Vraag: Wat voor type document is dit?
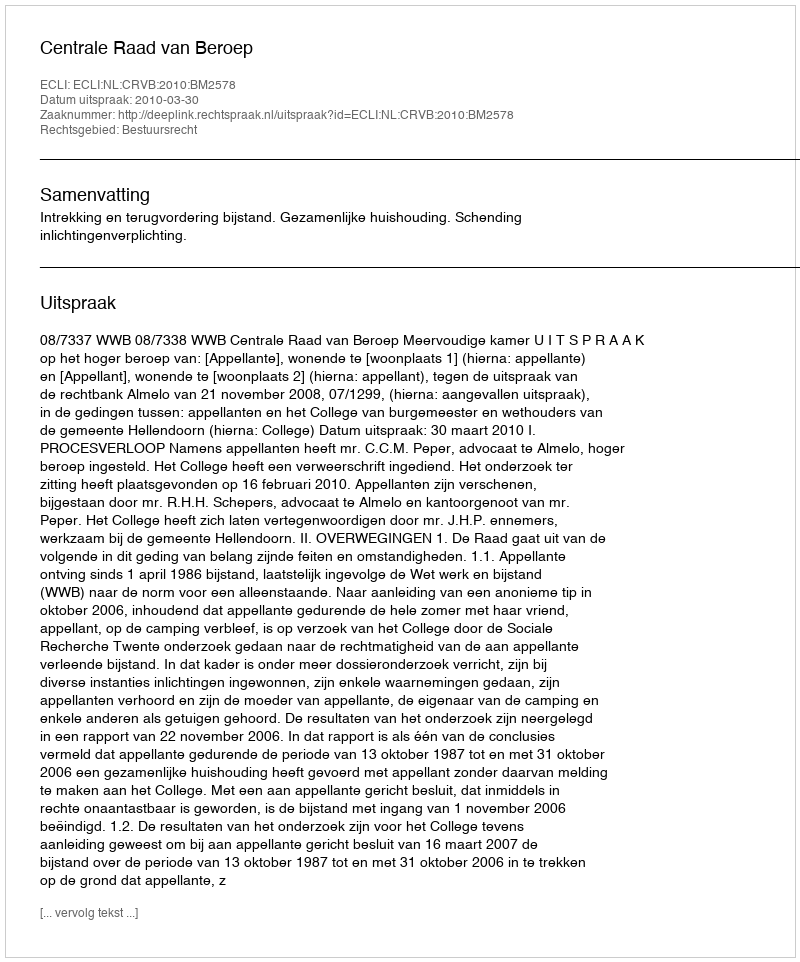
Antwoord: Uitspraak